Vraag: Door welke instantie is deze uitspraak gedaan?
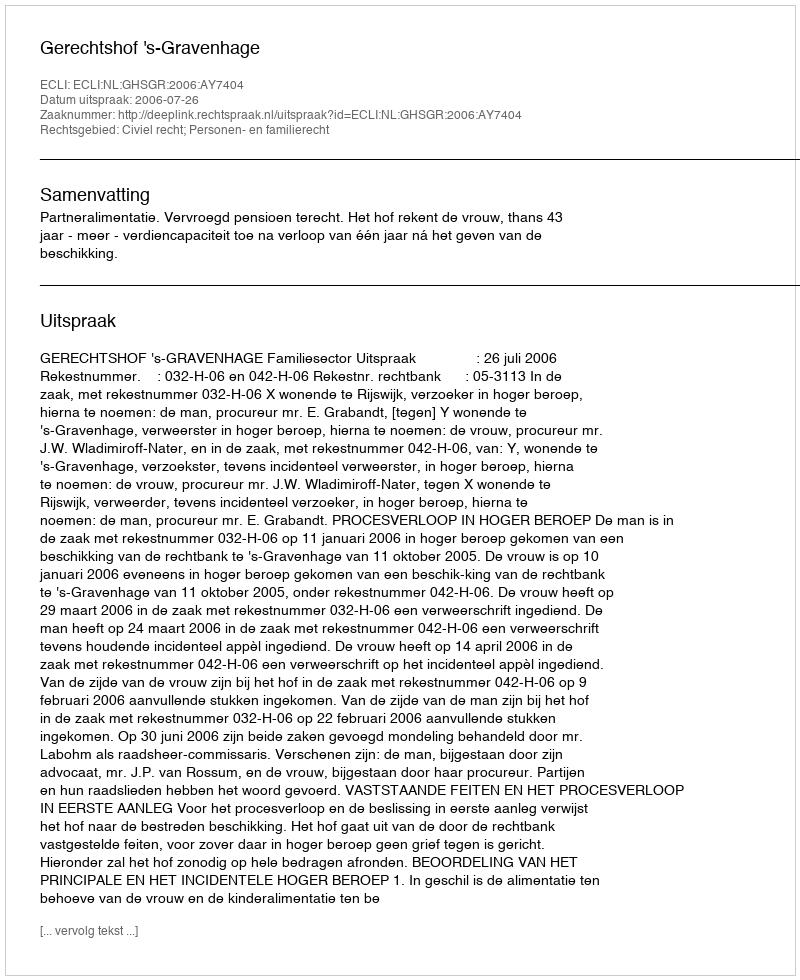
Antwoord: Gerechtshof 's-Gravenhage